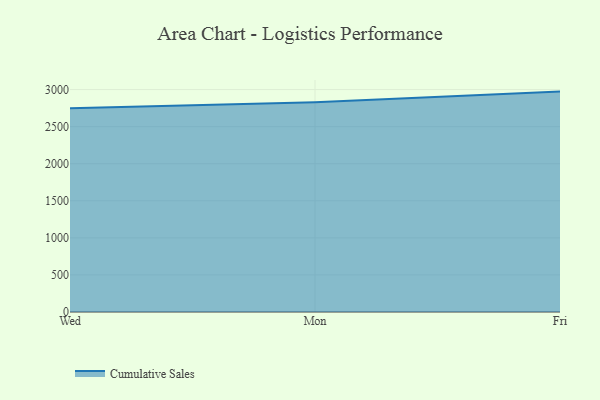
{"axis": {"x": "Day", "y": "Churn Rate (%)"}, "legend": ["Cumulative Sales"], "data": [{"x": "Wed", "y": 2749.3, "type": "Cumulative Sales"}, {"x": "Mon", "y": 2827.7, "type": "Cumulative Sales"}, {"x": "Fri", "y": 2972.7, "type": "Cumulative Sales"}]}